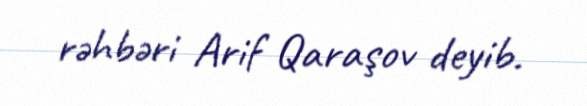
rəhbəri Arif Qaraşov deyib.